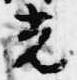
光